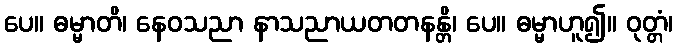
ပေ။ ဓမ္မာတိ၊ နေဝသညာ နာသညာယတတနန္တိ၊ ပေ။ ဓမ္မာဟူ၍။ ဝုတ္တံ၊